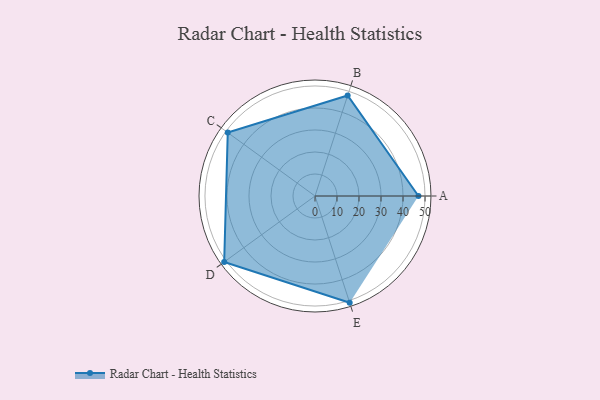
{"axis": {"x": "Skill", "y": "Score"}, "legend": ["Profile"], "data": [{"x": "A", "y": 47.0, "type": "Profile"}, {"x": "B", "y": 48.0, "type": "Profile"}, {"x": "C", "y": 49.0, "type": "Profile"}, {"x": "D", "y": 51.0, "type": "Profile"}, {"x": "E", "y": 51.0, "type": "Profile"}]}